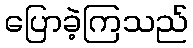
ပြောခဲ့ကြသည်